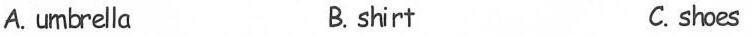
A.umbrella B. shirt C. shoes